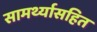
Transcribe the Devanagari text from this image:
सामर्थ्यासहित